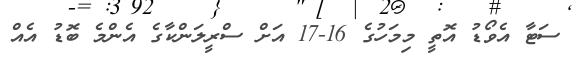
ސަޓާ އެވޯޑު އޮތީ މިމަހުގެ 16-17 އަށް ސްރީލަންކާގެ އެންމެ ބޮޑު އެއް